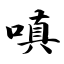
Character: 嗔